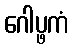
ဂေါပ္ဖကံ